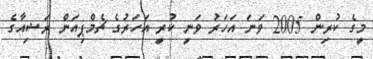
މީގެ ކުރިން 2005 ވަނަ އަހަރު ވަނީ ކުރީ އަހަރުގެ ޗެމްޕިއަން ރަޝިއާގެ